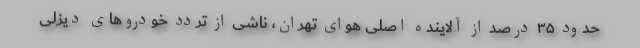
حدود ۳۵ درصد از آلاینده اصلی هوای تهران، ناشی از تردد خودروهای دیزلی